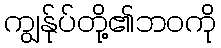
ကျွန်ုပ်တို့၏ဘဝကို